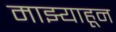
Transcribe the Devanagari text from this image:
माझ्याहून